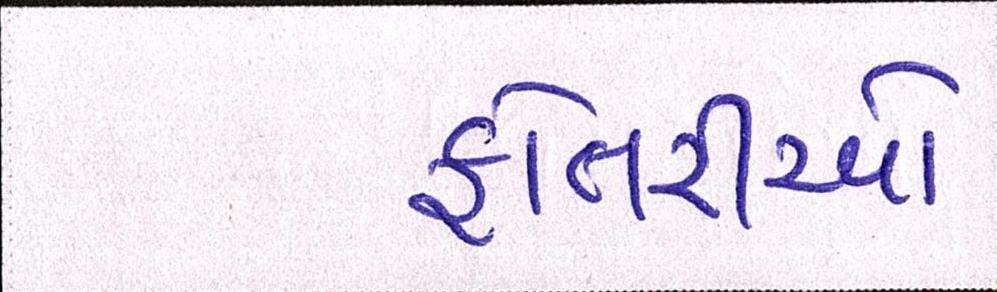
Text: ફોતરીઓ